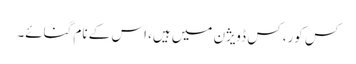
کس کور، کس ڈویژن میں ہیں، اس کے نام گنائے۔